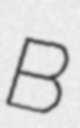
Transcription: B